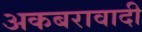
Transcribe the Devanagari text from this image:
अकबरावादी